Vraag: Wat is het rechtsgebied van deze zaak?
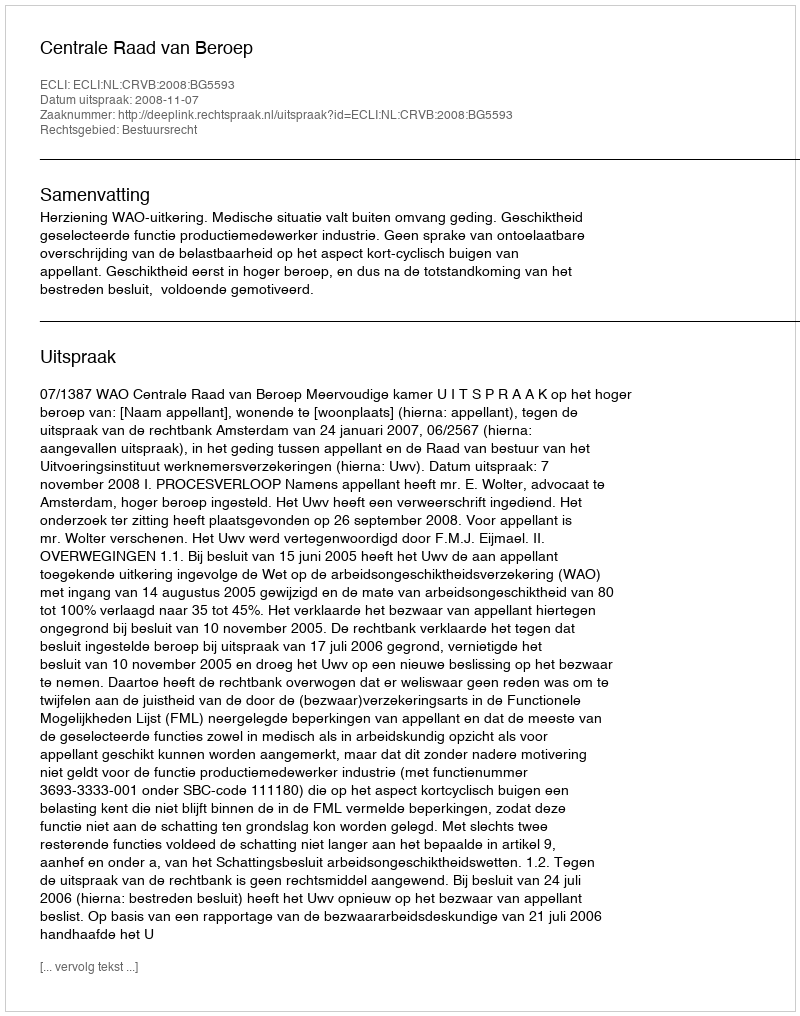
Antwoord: Bestuursrecht